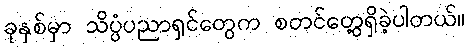
ခုနှစ်မှာ သိပ္ပံပညာရှင်တွေက စတင်တွေ့ရှိခဲ့ပါတယ်။